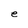
Character: e